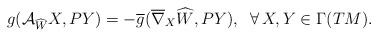
LaTeX: \begin{align*} g(\mathcal{A}_{\widehat{W}}X, PY)=-\overline{g}(\overline{\nabla}_{X}\widehat{W}, PY), \;\;\forall\, X,Y\in\Gamma(TM).\end{align*}